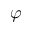
\varphi